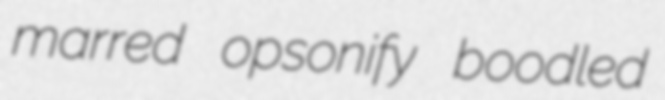
marred opsonify boodled